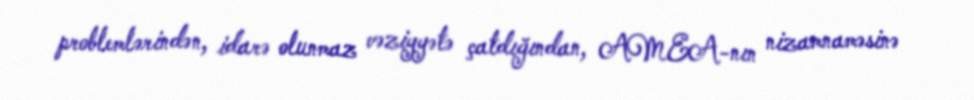
problemlərindən, idarə olunmaz vəziyyətə çatdığından, AMEA-nın nizamnaməsinə